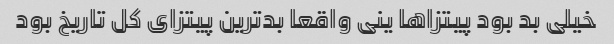
خیلی بد بود پیتزاها ینی واقعا بدترین پیتزای کل تاریخ بود